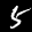
Label: 5